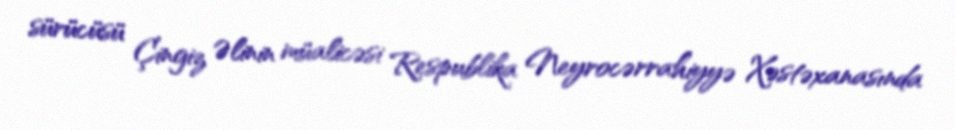
sürücüsü Çingiz Əlinin müalicəsi Respublika Neyrocərrahiyyə Xəstəxanasında